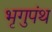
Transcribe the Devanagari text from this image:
भृगुपंथ